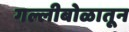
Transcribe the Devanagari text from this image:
गल्लीबोळातून